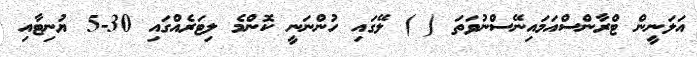
އަލަނީން ޓްރާންސްއަމައިނޭސްނުވަތަ ( ) ލޭގައި ހުންނަނީ ކޮންމެ ލިޓަރެއްގައި 30-5 ޔުނިޓާއި